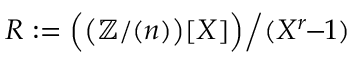
R : = { \Bigl ( } { \bigl ( } \mathbb { Z } / ( n ) { \bigr ) } [ X ] { \Bigr ) } { \Bigl / } ( X ^ { r } \! \! - \! \! 1 ) { \Bigr . }